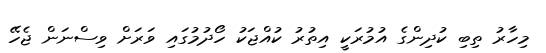
މިހާރު ތިބި ކުދިންގެ އުމުރަކީ އިތުރު ކުއްޖަކު ހޯދުމުގައި ވަރަށް ވިސްނަން ޖެހޭ